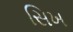
સિખ